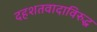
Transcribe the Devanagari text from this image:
दहशतवादाविरुद्ध